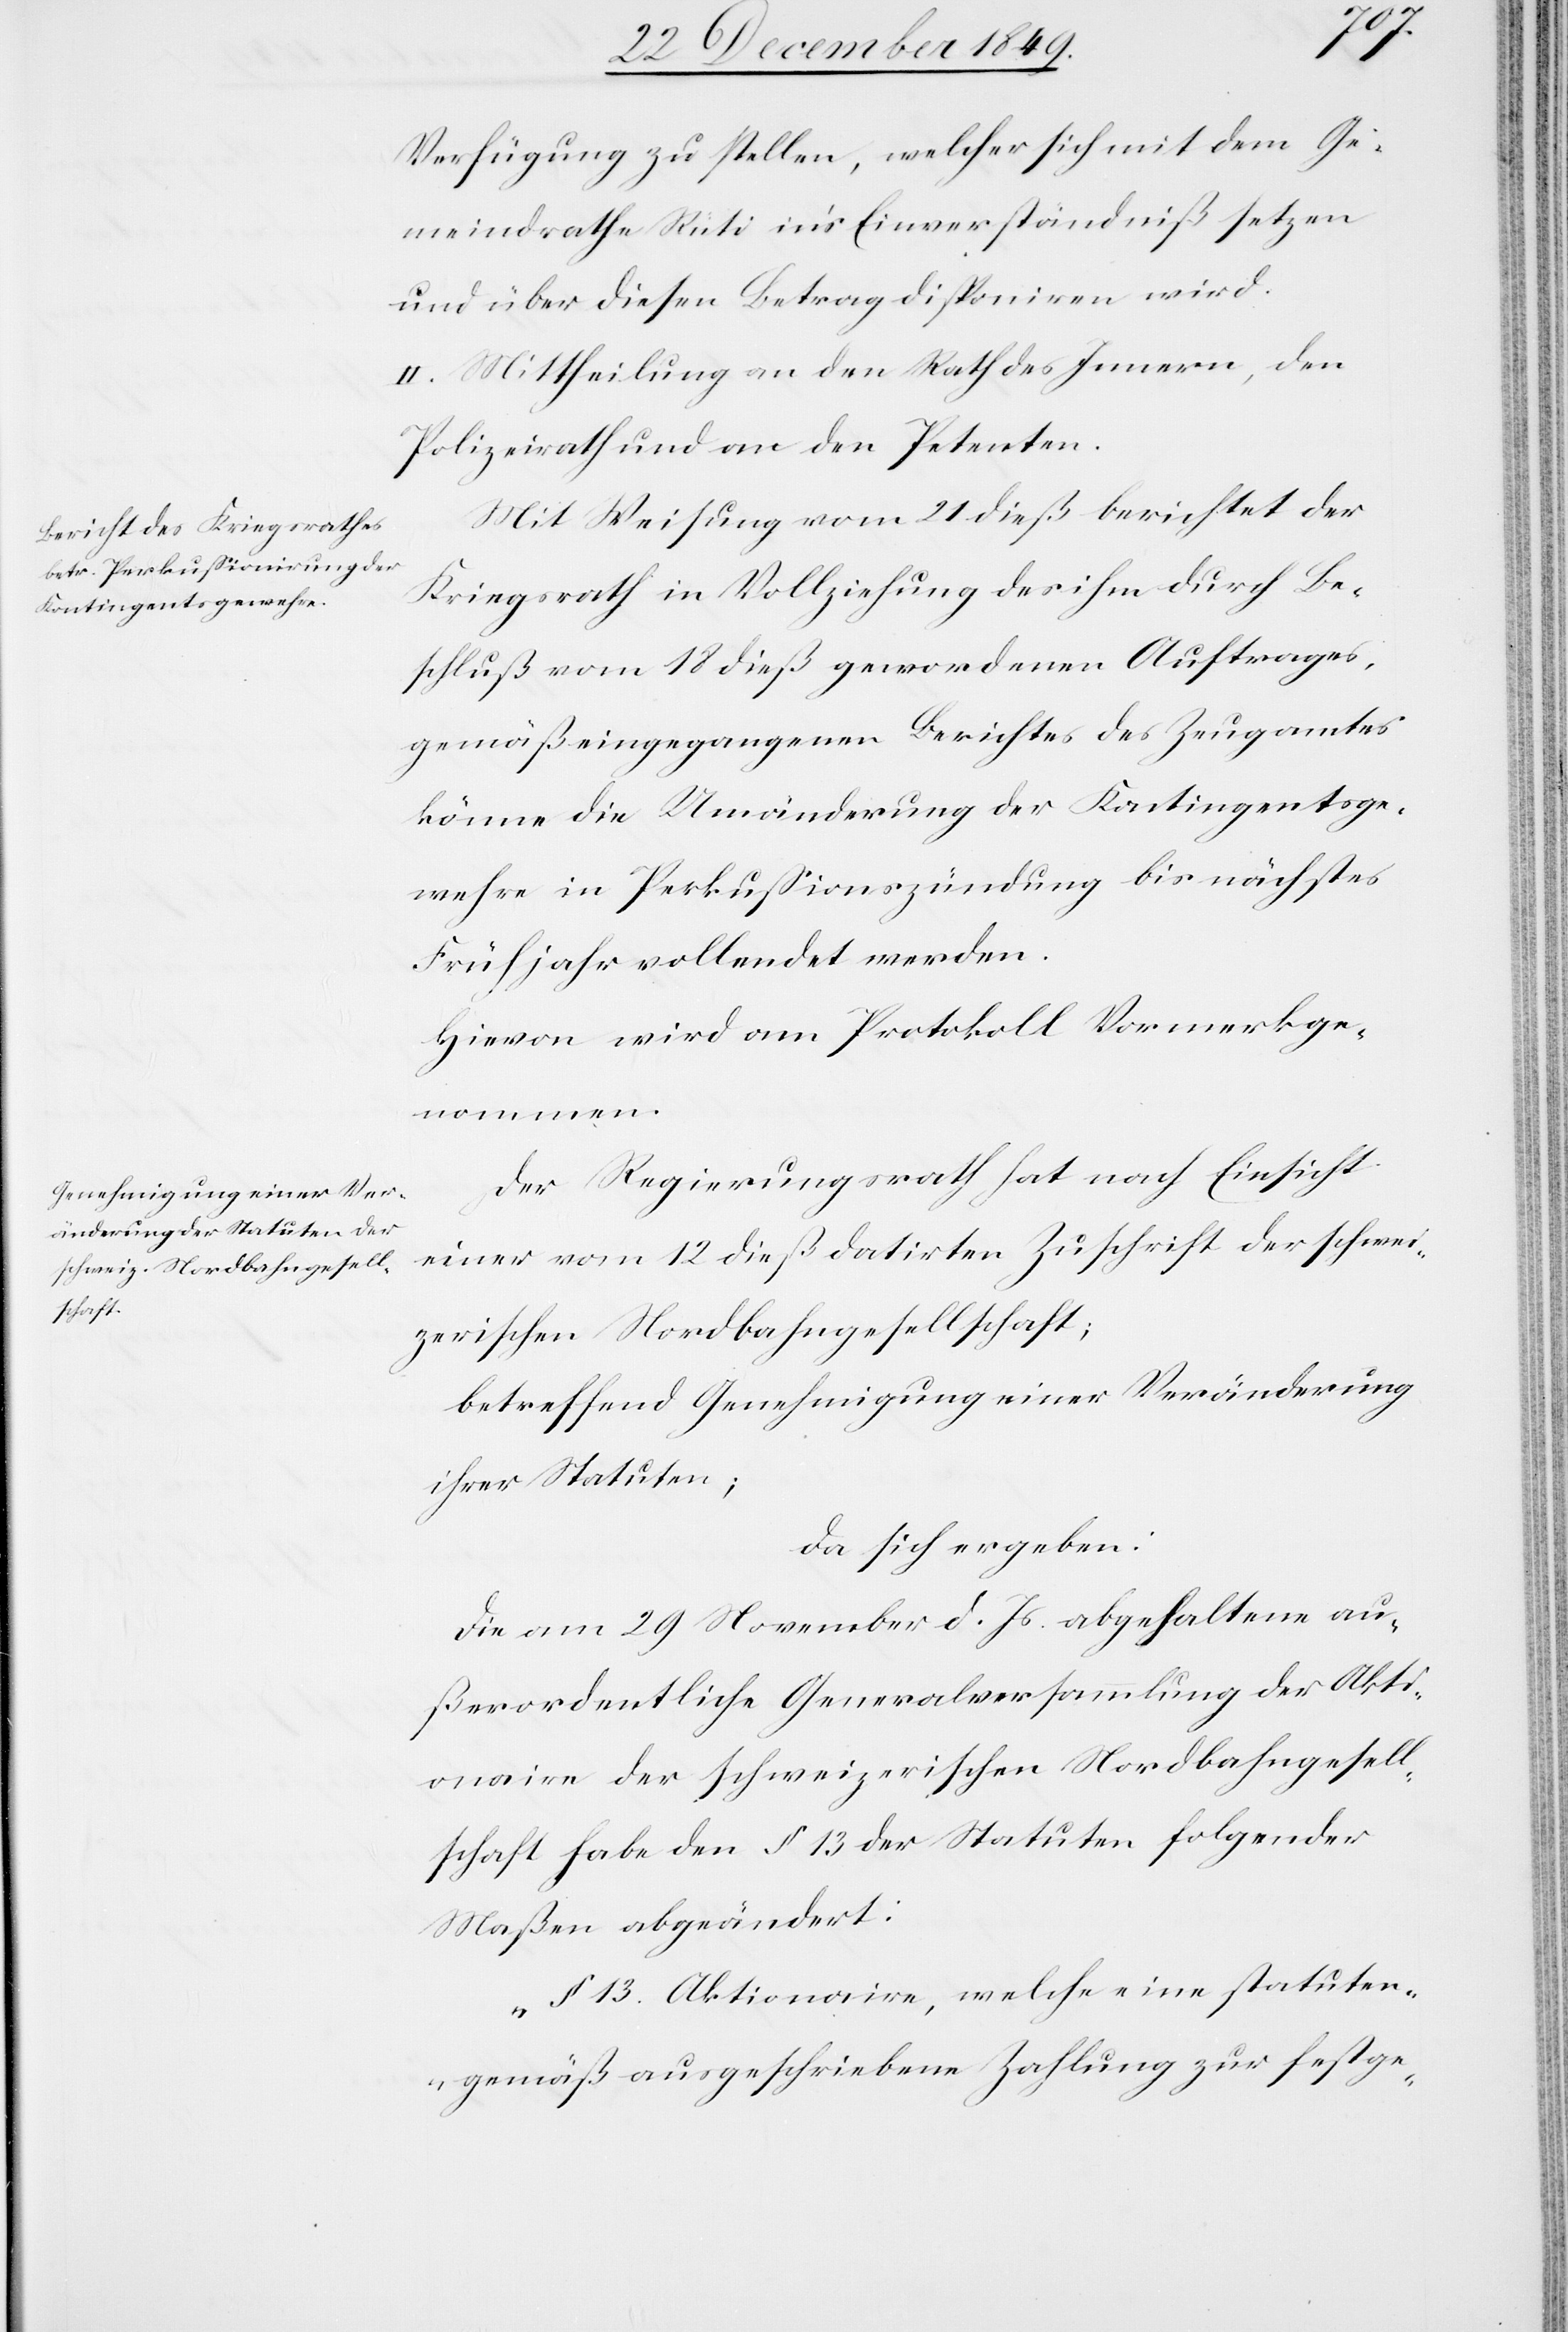
Verfügung zu stellen, welcher sich mit dem Ge¬
meindrath Rüti in’s Einverständniß setzen
und über diesen Betrag disponiren wird.
II. Mittheilung an den Rath des Innern, den
Polizeirath und an den Petenten.
Mit Weisung vom 21 dieß berichtet der
Kriegsrath in Vollziehung des ihm durch Be¬
schluß vom 18 dieß gewordenen Auftrages,
gemäß eingegangenen Berichtes des Zeugamtes
könne die Umänderung der Kontingentsge¬
wehre in Perkußionszündung bis nächstes
Frühjahr vollendet werden.
Hievon wird am Protokoll Vormerk ge¬
nommen.
Der Regierungsrath hat nach Einsicht
einer vom 12 dieß datirten Zuschrift der schwei¬
zerischen Nordbahngesellschaft;
betreffend Genehmigung einer Veränderung
ihrer Statuten;
da sich ergeben:
Die am 29 November d. Js. abgehaltene au¬
ßerordentliche Generalversammlung der Akti¬
onaire der schweizerischen Nordbahngesell¬
schaft habe den § 13 der Statuten folgender
Maßen abgeändert:
„§ 13 Aktionaire, welche eine statuten¬
gemäß ausgeschriebene Zahlung zur festge-